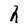
Character: h